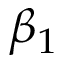
\beta _ { 1 }